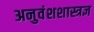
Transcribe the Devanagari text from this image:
अनुवंशशास्त्रज्ञ